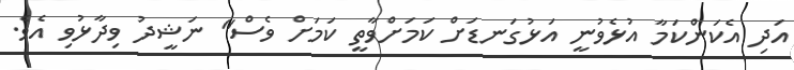
އަދި އެކަންކަމާ އުޅެވުނީ އަޅުގަނޑަށް ކަމަށްވާތީ ކަމަށް ވެސް" ނަޝީދު ވިދާޅުވި އެވެ.